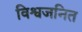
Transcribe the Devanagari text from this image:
विश्वजनित